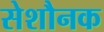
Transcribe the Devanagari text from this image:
सेशौनक